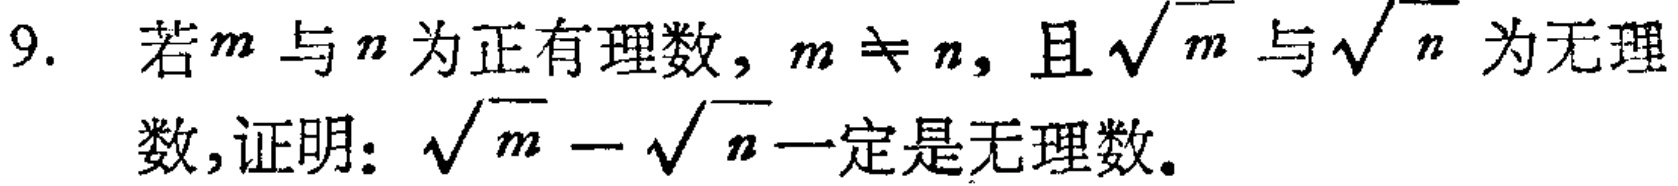
9. 若\(m\)与\(n\)为正有理数，\(m\neq n\)，且\(\sqrt{m}\)与\(\sqrt{n}\)为无理数，证明：\(\sqrt{m}-\sqrt{n}\)一定是无理数。